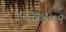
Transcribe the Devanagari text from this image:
५६७४५१